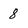
Character: 8